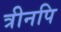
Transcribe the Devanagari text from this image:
त्रीनपि